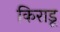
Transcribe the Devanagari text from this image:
किराडू